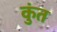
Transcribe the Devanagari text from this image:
कुंत